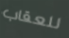
للعقاب